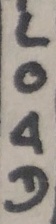
Text: LOAD